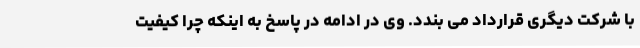
با شرکت دیگری قرارداد می بندد. وی در ادامه در پاسخ به اینکه چرا کیفیت